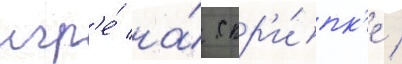
игр'е́ на́ скр'и́пк'е /